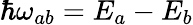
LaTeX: \hbar\omega_{ab}=E_{a}-E_{b}